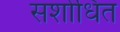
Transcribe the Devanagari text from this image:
सशोधित